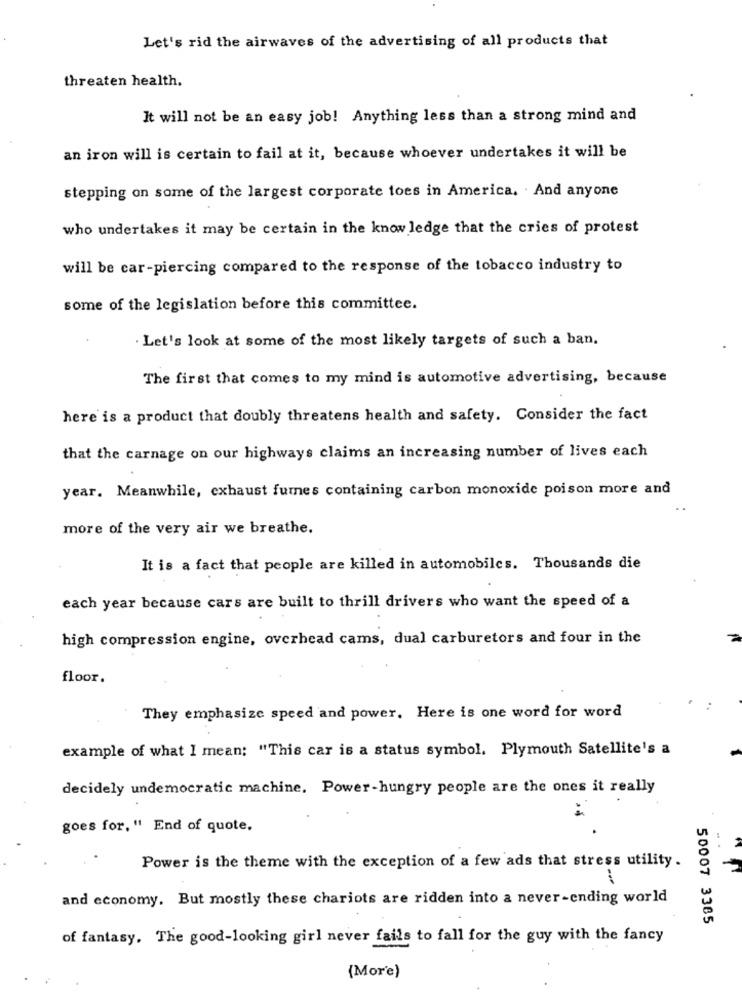
Let's rid the airwaves of the advertising of all products that
threaten health.
It will not be an easy job! Anything less than a strong mind and
an iron will is certain to fail at it, because whoever undertakes it will be
stepping on some of the largest corporate toes in America. . And anyone
who undertakes it may be certain in the knowledge that the cries of protest
will be car-piercing compared to the response of the tobacco industry to
some of the legislation before this committee.
Let's look at some of the most likely targets of such a ban.
The first that comes to my mind is automotive advertising, because
here is a product that doubly threatens health and safety. Consider the fact
that the carnage on our highways claims an increasing number of lives each
year. Meanwhile, exhaust fumes containing carbon monoxide poison more and
more of the very air we breathe.
It is a fact that people are killed in automobiles. Thousands die
each year because cars are built to thrill drivers who want the speed of a
high compression engine, overhead cams, dual carburetors and four in the
floor.
They emphasize speed and power. Here is one word for word
example of what I mean: "This car is a status symbol, Plymouth Satellite's a
decidely undemocratic machine. Power-hungry people are the ones it really
goes for, " End of quote.
Power is the theme with the exception of a few ads that stress utility.
and economy. But mostly these chariots are ridden into a never-ending world
50007 3385
of fantasy. The good-looking girl never fails to fall for the guy with the fancy
(More)